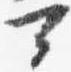
可